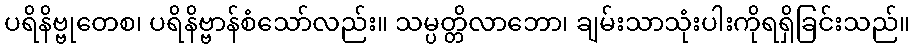
ပရိနိဗ္ဗုတေစ၊ ပရိနိဗ္ဗာန်စံသော်လည်း။ သမ္ပတ္တိလာဘော၊ ချမ်းသာသုံးပါးကိုရရှိခြင်းသည်။